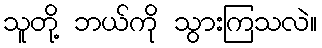
သူတို့ ဘယ်ကို သွားကြသလဲ။